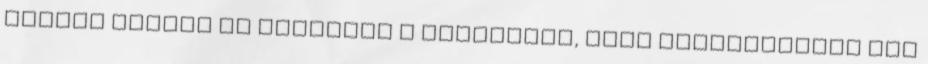
rendes gyerek és felhítam a bíróságot, hogy megkérdezzem mit